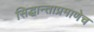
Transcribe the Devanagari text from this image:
सिद्धान्ताप्रमाणेच